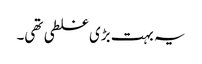
یہ بہت بڑی غلطی تھی۔